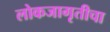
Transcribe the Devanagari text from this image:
लोकजागृतीचा